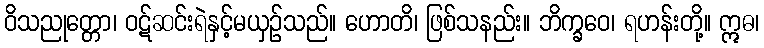
ဝိသညုတ္တော၊ ဝဋ်ဆင်းရဲနှင့်မယှဉ်သည်။ ဟောတိ၊ ဖြစ်သနည်း။ ဘိက္ခဝေ၊ ရဟန်းတို့။ ဣဓ၊